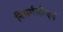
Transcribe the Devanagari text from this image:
निसर्गसौन्दर्य